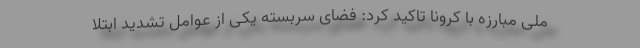
ملی مبارزه با کرونا تاکید کرد: فضای سربسته یکی از عوامل تشدید ابتلا